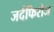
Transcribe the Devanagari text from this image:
जर्दफिरोज